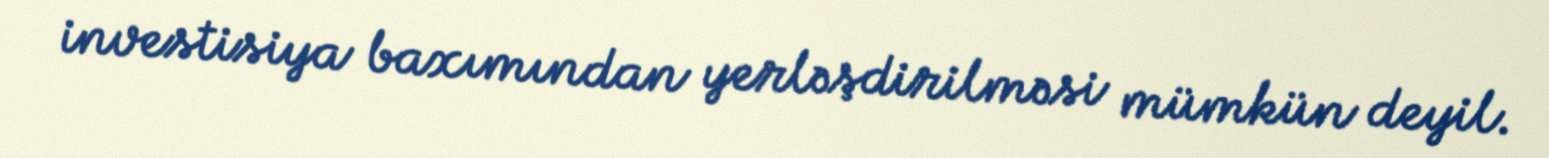
investisiya baxımından yerləşdirilməsi mümkün deyil.